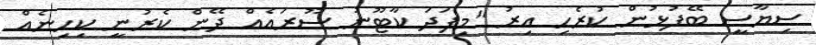
ސިޔާސީ ބޭފުޅުން ކުރެހި އިރު "މިފަދަ ކާޓޫނު ސޫރައެއް ދޭން ކެރުނީ ކިހިނެއް